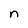
Character: n